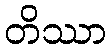
တိဿာ